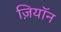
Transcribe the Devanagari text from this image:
ज़ियॉन